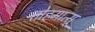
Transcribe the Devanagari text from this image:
तोहमात्सू